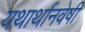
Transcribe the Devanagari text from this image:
यथार्थानवेषी